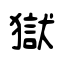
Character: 獄